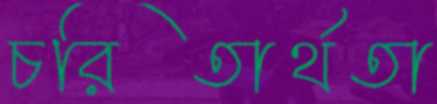
চরিতার্থতা